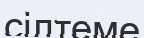
сілтеме